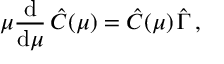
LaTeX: \mu \frac { \mathrm { d } } { \mathrm { d } \mu } \, \hat { C } ( \mu ) = \hat { C } ( \mu ) \, \hat { \Gamma } \, ,